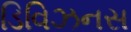
ડિવિઝનસ